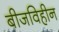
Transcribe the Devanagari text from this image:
बीजविहीन